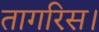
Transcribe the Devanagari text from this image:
तागरिस।